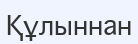
Құлыннан